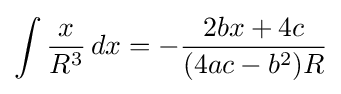
\int {\frac {x}{R^{3}}}\,dx=-{\frac {2bx+4c}{(4ac-b^{2})R}}